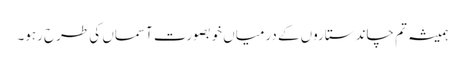
ہمیشہ تم چاند ستاروں کے درمیاں خوبصورت آسماں کی طرح رہو۔